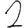
Digit: 2